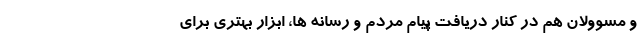
و مسوولان هم در کنار دریافت پیام مردم و رسانه ها، ابزار بهتری برای